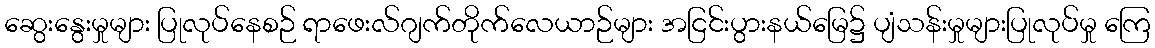
ဆွေးနွေးမှုများ ပြုလုပ်နေစဉ် ရာဖေးလ်ဂျက်တိုက်လေယာဉ်များ အငြင်းပွားနယ်မြေ၌ ပျံသန်းမှုများပြုလုပ်မှု ကြေ